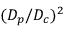
( D _ { p } / D _ { c } ) ^ { 2 }